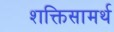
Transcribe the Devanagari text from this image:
शक्तिसामर्थ